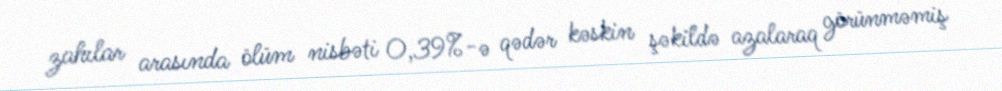
zahılar arasında ölüm nisbəti 0,39%-ə qədər kəskin şəkildə azalaraq görünməmiş